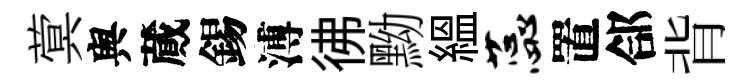
蓂舆蕆錫溥彿黝緼蕊置郃背